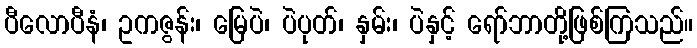
ပီလောပီနံ၊ ဥကဇွန်း၊ မြေပဲ၊ ပဲပုတ်၊ နှမ်း၊ ပဲနှင့် ရော်ဘာတို့ဖြစ်ကြသည်။